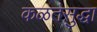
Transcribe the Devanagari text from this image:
कळतसुद्धा